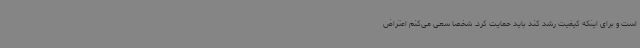
است و برای اینکه کیفیت رشد کند باید حمایت کرد. شخصا سعی می‌کنم اعتراض